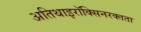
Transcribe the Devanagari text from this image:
अतिथाइरॉक्सिनरक्तता